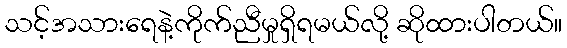
သင့်အသားရေနဲ့ကိုက်ညီမှုရှိရမယ်လို့ ဆိုထားပါတယ်။